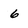
Character: 6